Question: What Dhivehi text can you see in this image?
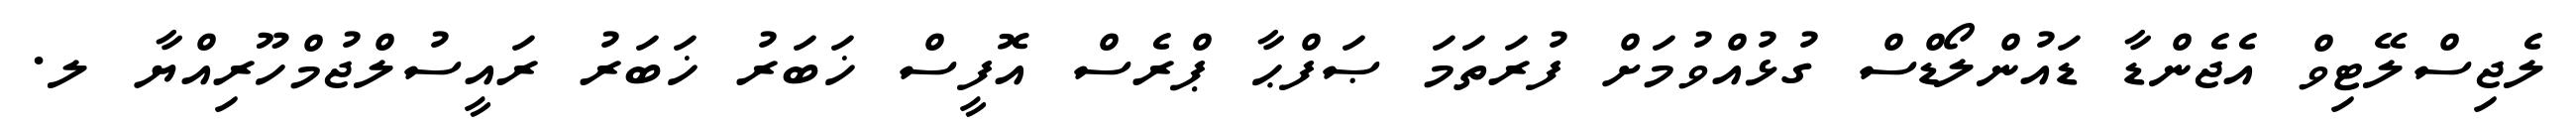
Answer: ލެޖިސްލޭޓިވް އެޖެންޑާ ޑައުންލޯޑްސް ގުޅުއްވުމަށް ފުރަތަމަ ޞަފްޙާ ޕްރެސް އޮފީސް ޚަބަރު ޚަބަރު ރައީސުލްޖުމްހޫރިއްޔާ ލ.